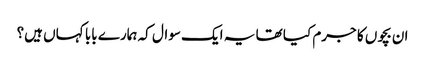
ان بچوں کا جرم کیا تھا یہ ایک سوال کہ ہمارے بابا کہاں ہیں؟